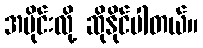
အပိုင်းလို့ ဆိုနိုင်ပါတယ်။